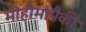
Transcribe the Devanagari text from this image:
मोहीमांपैकी